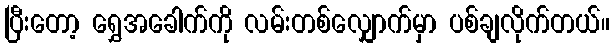
ပြီးတော့ ရွှေအခေါက်ကို လမ်းတစ်လျှောက်မှာ ပစ်ချလိုက်တယ်။